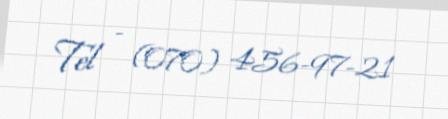
Tel - (070) 456-97-21